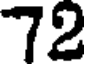
72